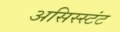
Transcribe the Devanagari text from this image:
असिस्स्टंट